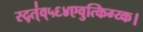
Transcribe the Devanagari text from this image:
स्द्त्॑व्५६४एवुत्किग्य्क।